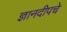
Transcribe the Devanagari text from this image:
ज्ञानदीपचे